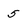
Character: 5